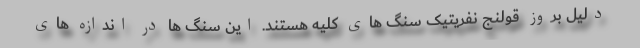
دلیل بروز قولنج نفریتیک سنگ های کلیه هستند. این سنگ ها در اندازه های